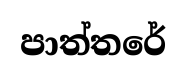
පාත්තරේ